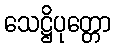
သေဋ္ဌိပုတ္တော